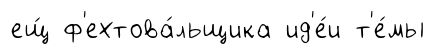
ещ́ ф'ехтова́льщика ид'е́и т'е́мы